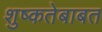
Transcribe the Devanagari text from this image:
शुष्कतेबाबत